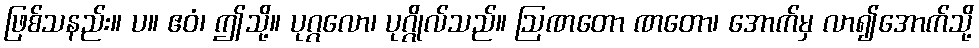
ဖြစ်သနည်း။ ပ။ ဧဝံ၊ ဤသို့။ ပုဂ္ဂလော၊ ပုဂ္ဂိုလ်သည်။ ဩဏတော ဏတော၊ အောက်မှ လာ၍အောက်သို့